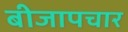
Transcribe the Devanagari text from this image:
बीजापचार